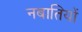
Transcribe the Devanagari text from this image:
नबातियों